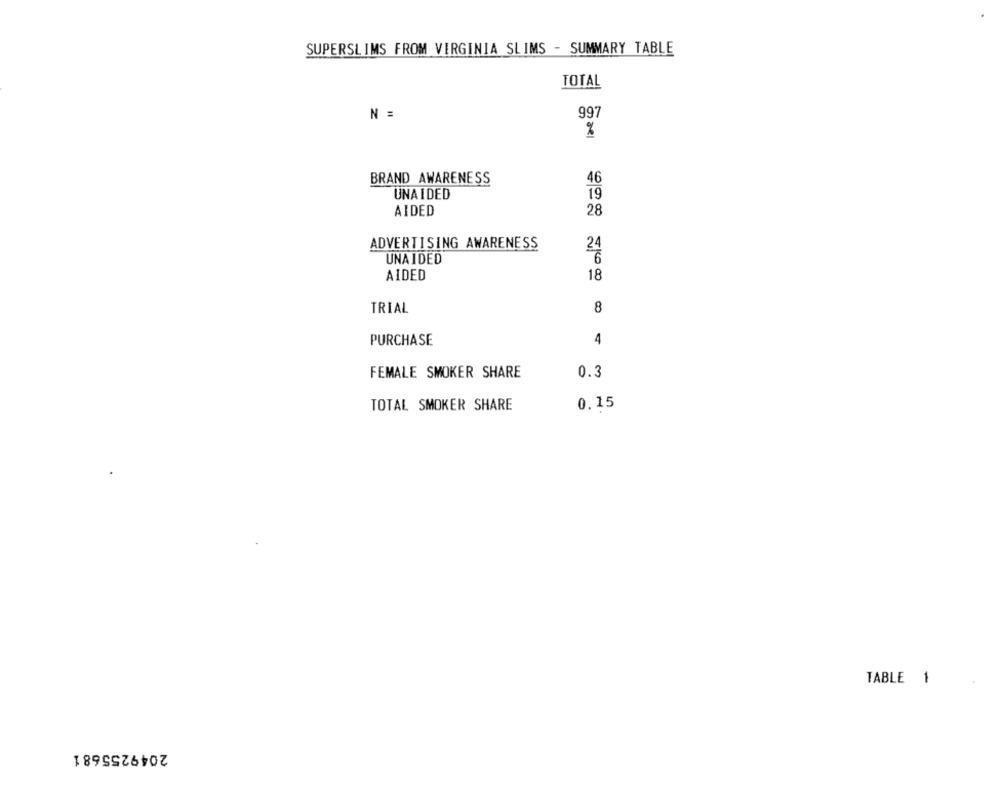
SUPERSLIMS FROM VIRGINIA SLIMS - SUMMARY TABLE
TOTAL
N =
997
%
BRAND AWARENESS
46
UNAIDED
19
AIDED
28
ADVERTISING AWARENESS
24
UNAIDED
6
AIDED
18
TRIAL
8
PURCHASE
4
FEMALE SMOKER SHARE
0.3
TOTAL SMOKER SHARE
0.15
TABLE 1
2049255681